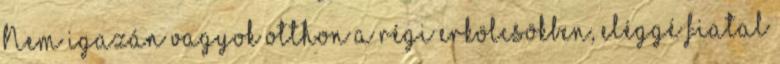
Nem igazán vagyok otthon a régi erkölcsökben, eléggé fiatal